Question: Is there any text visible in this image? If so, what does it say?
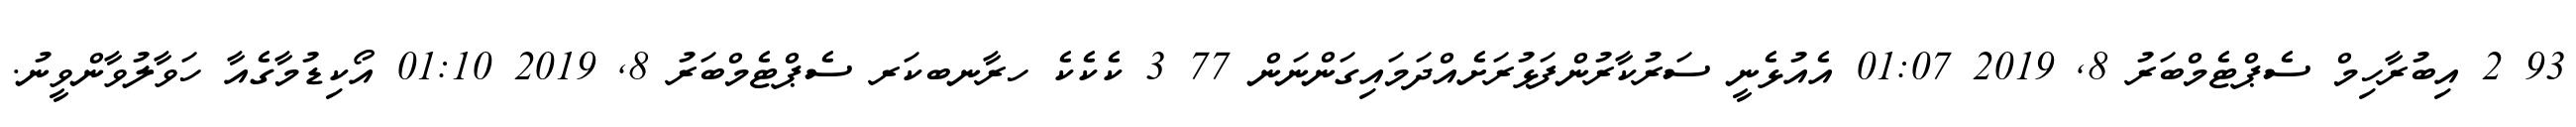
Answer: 93 2 އިބުރާހިމް ސެޕްޓެމްބަރު 8, 2019 01:07 އެއުޅެނީ ސަރުކާރުންފަޅުރަށެއްދަމައިގަންނަން 77 3 ކެކެކެ ހރާނބކަރ ސެޕްޓެމްބަރު 8, 2019 01:10 އޯކިޑުމާގެއާ ހަވާލުވާންވީނު.